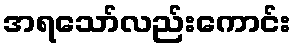
အရသော်လည်းကောင်း